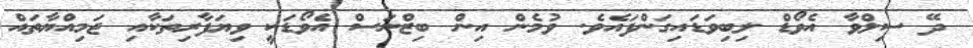
ދޭ ސިލްވާ އެވޯޑް ލިބިވަޑައިގަންފައެވެ. ވުމެން އިން ބިޒްނަސް އެވޯޑަކީ ވިޔަފާރިތަކާއި ޖަމިއްޔާތައް